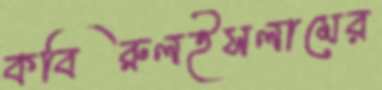
কবিরুলইসলামের